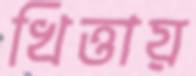
খিত্তায়